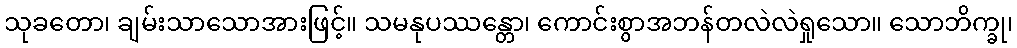
သုခတော၊ ချမ်းသာသောအားဖြင့်။ သမနုပဿန္တော၊ ကောင်းစွာအဘန်တလဲလဲရှုသော။ သောဘိက္ခု၊